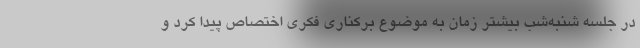
در جلسه شنبه‌شب بیشتر زمان به موضوع برکناری فکری اختصاص پیدا کرد و